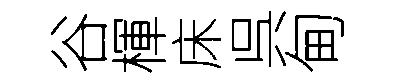
谷楎床呉甸